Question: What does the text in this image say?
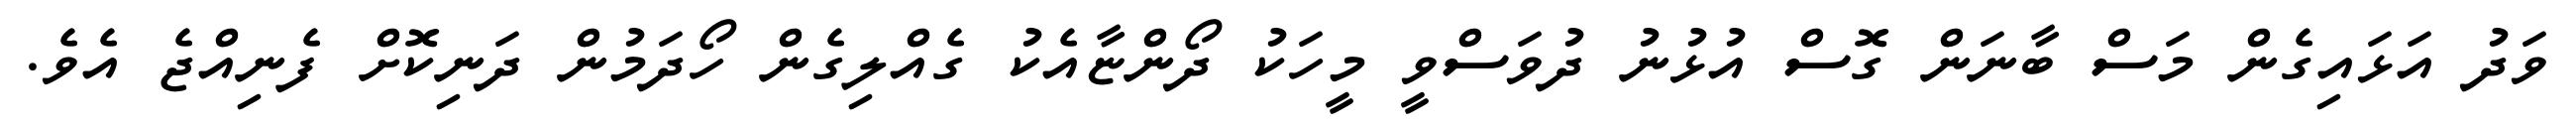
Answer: ވަދު އަޅައިގެން މަސް ބާނަން ގޮސް އުޅުނު ދުވަސްވީ މީހަކު ދޯންޏާއެކު ގެއްލިގެން ހޯދަމުން ދަނިކޮށް ފެނިއްޖެ އެވެ.